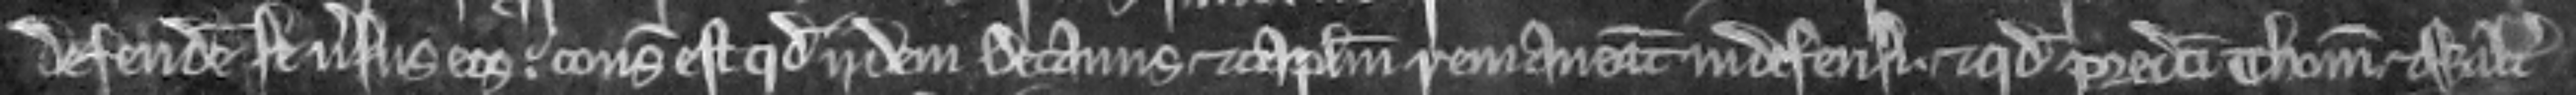
defendere se versus eos. consideratum est quod idem Decanus et capitulum remaneant indefensi et quod predicti Thomas et Walterus